Vaccination in Burma 1900-1911 - 1900-1911
Year: 1900
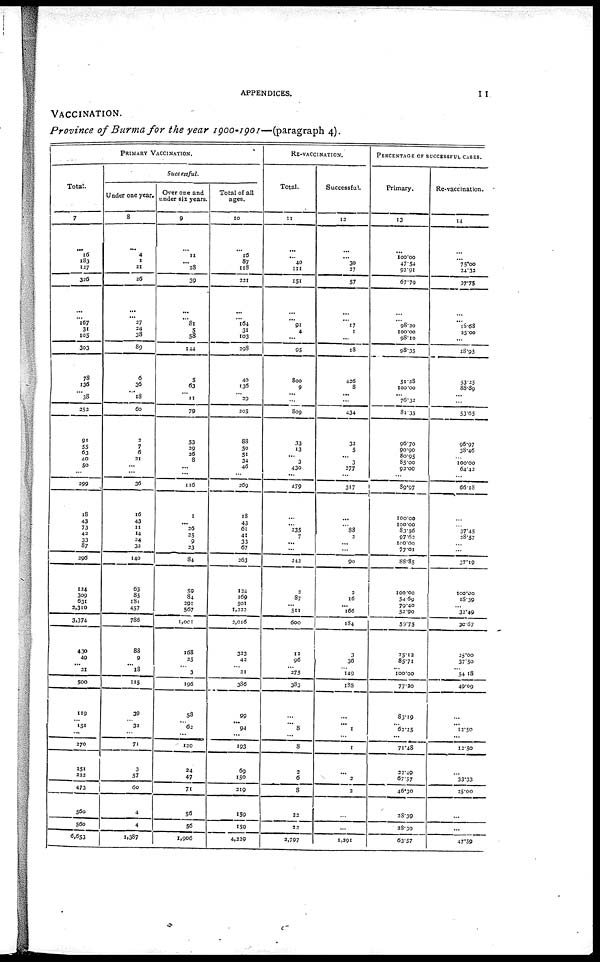
APPENDICES.
11
VACCINATION.
Province of Burma for the year 1900-1901—(paragraph 4).
PRIMARY VACCINATION.
Total.
7
...
16
183
127
326
...
...
167
31
105
303
78
136
...
38
252
91
55
63
40
50
...
299
18
43
73
42
33
87
296
124
309
631
2,310
3,374
430
49
... 21
500
119
...
151
...
270
251
222
473
560
560
6,653
Successful.
Under one year.
8
...
4
1
21
26
...
... 37
34
38
89
6
36
... 18
60
2
7
6
21
...
...
36
16
43
11
14
24
33
140
63
85
181
457
786
88
9
... 18
115
39
...
32
...
71
3
57
60
4
4
1,387
Over one and
under six years.
9
...
11
... 23
39
...
... 81
5
58
144
5
63
...
11
79
53
29
26
8
...
...
116
1
... 26
25
9
23
84
59
84
391
567
1,001
168
35
...
3
196
58
...
62
...
120
24
47
71
56
56
1,906
Total of all
ages.
10
...
16
87
118
221
...
... 164
31
103
208
40
136
...
29
205
88
50
51
34
46
...
269
18
43
61
41
33
67
263
124
169
501
1,222
2,016
323
43
...
21
386
99
... 94
...
193
69
150
219
159
159
4,239
RE-VACCINATION.
Total.
11
...
... 40
111
151
...
... 91
4
...
95
800
9
...
...
809
32
13
...
3
430
...
479
...
...
235
7
...
...
243
3
87
...
511
600
13
96
... 275
383
...
... 8
...
8
3
6
8
33
22
2,797
Successful.
12
...
... 30
37
57
...
... 17
1
...
18
426
8
...
...
434
32
5
...
3
277
...
317
...
...
88
2
...
...
90
3
16
... 166
184
3
36
...
149
188
...
... 1
...
1
...
2
2
...
...
1,291
PERCENTAGE OF SUCCESSFUL CASES.
Primary.
13
...
100.00
47.54
93.91
67.79
...
... 98.20
100.00
98.10
98.35
51.28
100.00
... 76.32
81.35
96.70
90.90
80.95
85.00
92.00
...
89.97
100.00
100.00
83.56
97.62
100.00
77.01
88.85
100.00
54.69
79.40
52.90
59.75
75.12
85.71
... 100.00
77.20
83.19
...
62.25
...
71.48
32.49
67.57
46.30
28.39
28.39
63.57
Re-vaccination.
14
...
... 75.00
24.32
37.75
...
... 18.68
25.00
...
18.95
53.25
88.89
...
...
53.65
96.97
38.46
...
100.00
64.42
...
66.18
...
...
37.45
28.57
...
...
37.19
100.00
18.39
...
32.49
30.67
15.00
37.50
...
54.18
49.09
...
...
13.50
...
12.50
...
33.33
25.00
...
...
47.59